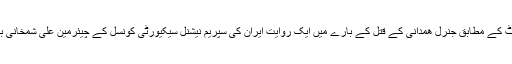
العربیہ ڈاٹ نیٹ کے مطابق جنرل ھمدانی کے قتل کے بارے میں ایک روایت ایران کی سپریم نیشنل سیکیورٹی کونسل کے چیئرمین علی شمخانی بیان کرتے ہیں۔